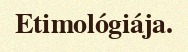
Etimológiája.